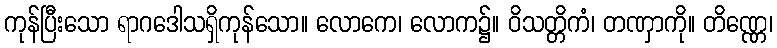
ကုန်ပြီးသော ရာဂဒေါသရှိကုန်သော။ လောကေ၊ လောက၌။ ဝိသတ္တိကံ၊ တဏှာကို။ တိဏ္ဏေ၊